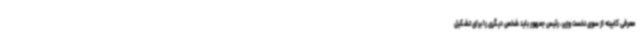
معرفی کابینه از سوی نخست وزیر، رئیس جمهور باید شخص دیگری را برای تشکیل